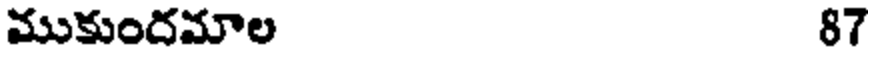
ముకుందమాల 87